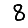
Digit: 8